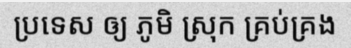
ប្រទេស ឲ្យ ភូមិ ស្រុក គ្រប់គ្រង